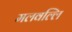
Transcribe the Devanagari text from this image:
मलवल्लि